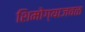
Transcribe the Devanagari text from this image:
शिमोग्याजवळ